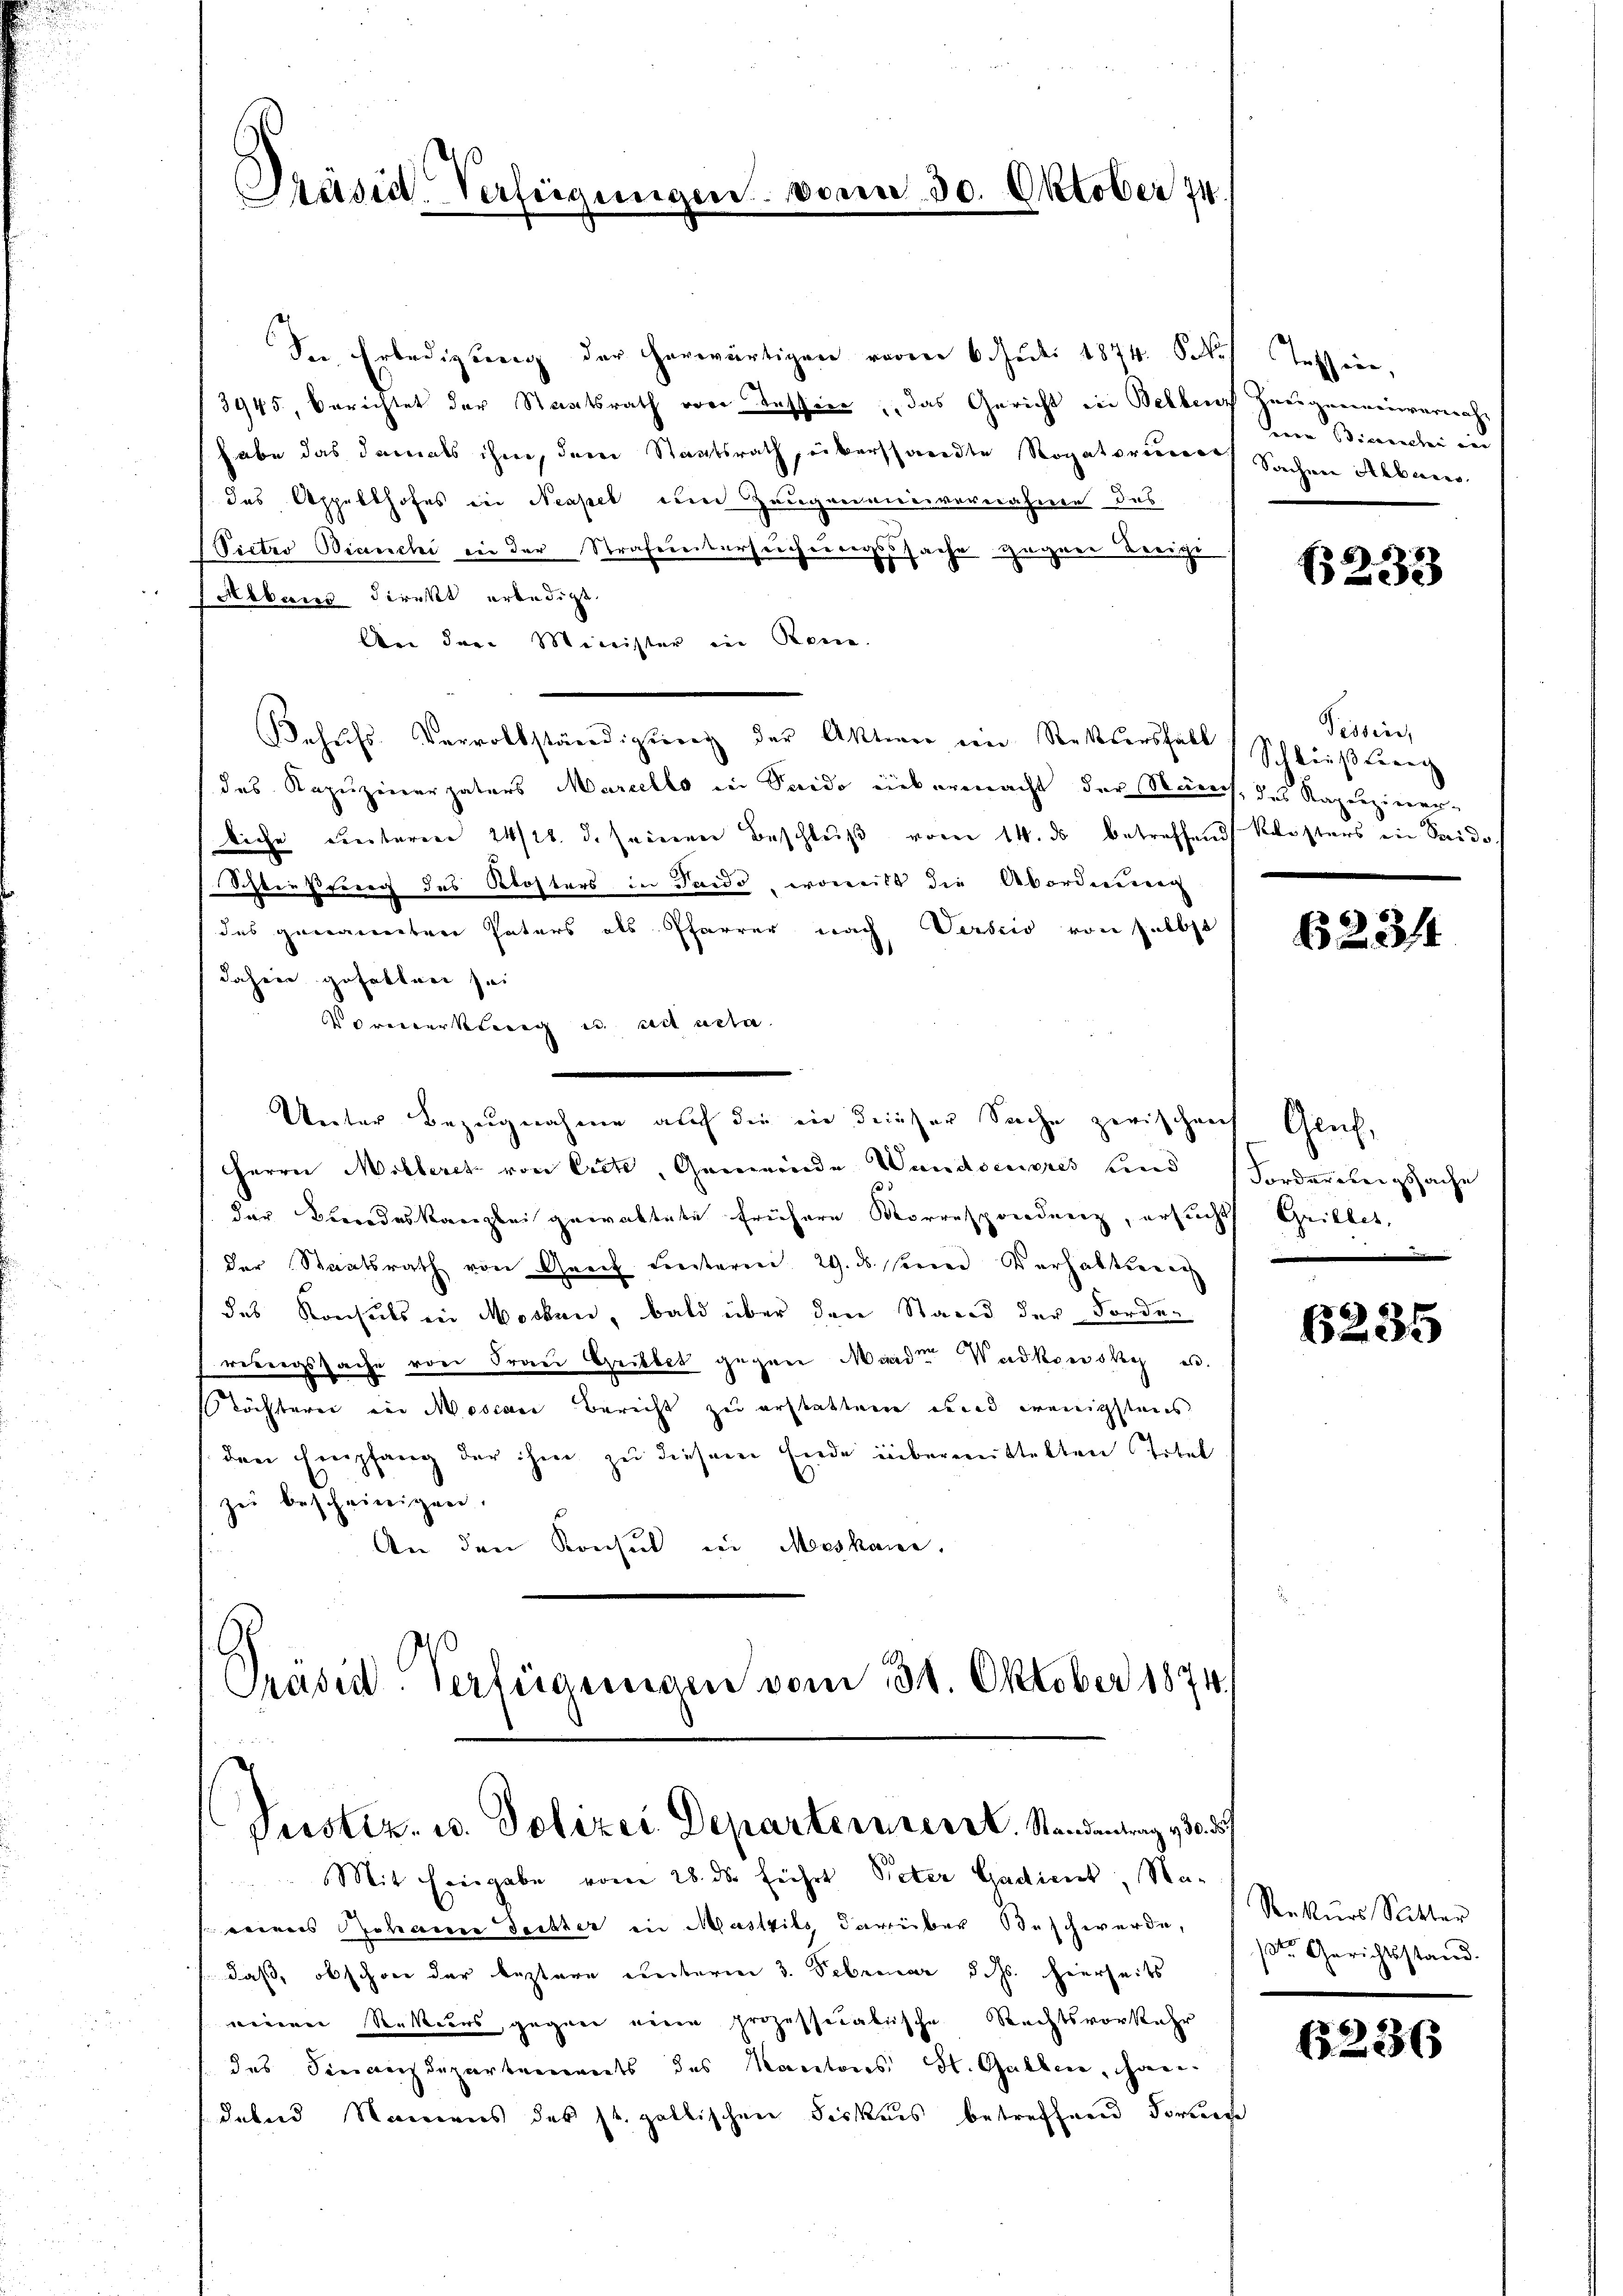
Präsid. Verfügungen vom 30. Oktober 14.

der Erledigung der herwärtigen voren 6. Juli 1874. Se
3945, Berichtet der Staatsrath von Kassier, das Gericht in Belben Zeugenmeiernahhabe das damals ihme, der Staatsrath, überstandte Rogatorinners Sachen Alberes
das Appelthofes in Neapel und Zeugenauenvernahme des
Victro Bianchi in der Strafenstersuchungssache gegen Teigi
Albers direkt erledigt
An der Minister in Renne.
Behŭfs Vervollständigŭng der Aktier im Rekursfall Schlieβturg
des Kapuzinerpaters Mariello in Suido einbermacht der Rauch, des Kapuziner-
liche unteren 24/11. d. seinen Beschluß vom 14. ds betreffend Klosters in Saido.
Schließung des Klosters in Pando, womit die Abordnung
das genannten Paters als Pfarrer nach Versico von selbst
dahier gefallen sei
ormerkung u. ich acta
Unter Bezugnahme auf die in dieser Sache zerischench
Herrn Milleret von Eiche, Gemeinde Wandscupres und Forderungssache
der Berrodeskanzlei gewaltete frühere Korresprendenz, ersucht
der Staatsrath von Graz unterm 29. ds. seine Verhaltene
des Konsuls in Mocken, bald über den Stand der Forde-
rungssache von Frau Gribbet gegen Mande Wadkowski es
öchterei ein Moscare Bericht zu erstattene und wenigstens
den Empfang der ihm zu diesem Ende übermittelten Titel
zŭ bescheinigen.
An den Konsul in Moskaue.

Präsid. Verfügungen vom 31. Oktober 1874.
Perotiz u. Polizei Departereser L. Standentrag 130. 57

Mit Eingabe vom 28. ds. führt Peter Gadient, Nareines Johann Fechter in Mastvils darüber Beschwerde,
daß, obschon der bestare weiterner 3. Februar d. Js. hierseits
meiner Rektions, gegen eine prozessicalische Rechtsvorkehr
das Finanzdepartements des Kantons St. Gallen, handebes Namens des st. gallischen Fiskuis betreffend Formen

Tessire,
eren Bierrechen in

B 253

Tessin,

623/4

Genf,
Grillet,
e

6235

Rekurs Ritter
ste Gerichtsstand.

6236